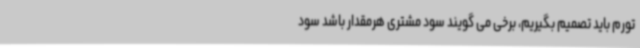
تورم باید تصمیم بگیریم، برخی می گویند سود مشتری هرمقدار باشد سود